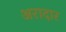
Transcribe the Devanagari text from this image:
अरादार